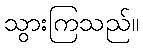
သွားကြသည်။